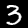
Label: 3